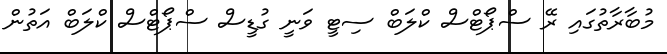
މުބާރާތުގައި ރޭ ސްޕޯޓްސް ކްލަބް ސިޓީ ވަނީ ގުޑީސް ސްޕޯޓްސް ކްލަބް އަތުން